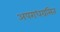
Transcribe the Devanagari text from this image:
अपराधग्रसित